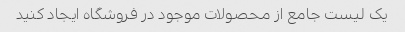
یک لیست جامع از محصولات موجود در فروشگاه ایجاد کنید